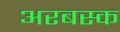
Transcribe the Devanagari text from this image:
अरबस्क